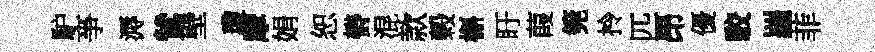
馿亊溽鷥壁瓊摩娟恕欎混款榖槲盱葭筦拎匹昂優駮羅菲